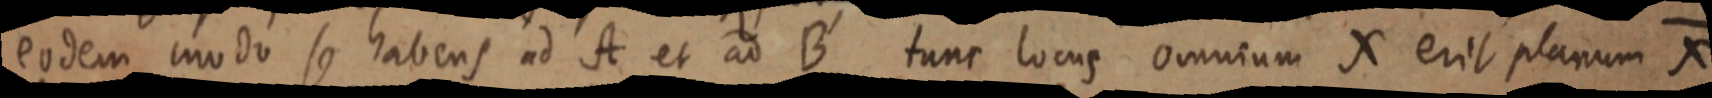
eodem modo se habens ad A et ad B tunc locus omnium X erit planum X